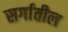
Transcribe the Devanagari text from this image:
सर्गातील